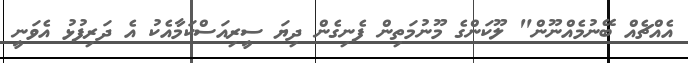
އެއްޗެއް ބޭނުމެއްނޫން" ލޫކަންގެ މޫނުމަތިން ފެނިގެން ދިޔަ ސީރިއަސްކަމާއެކު އެ ދަރިފުޅު އެވަނީ